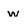
Character: w